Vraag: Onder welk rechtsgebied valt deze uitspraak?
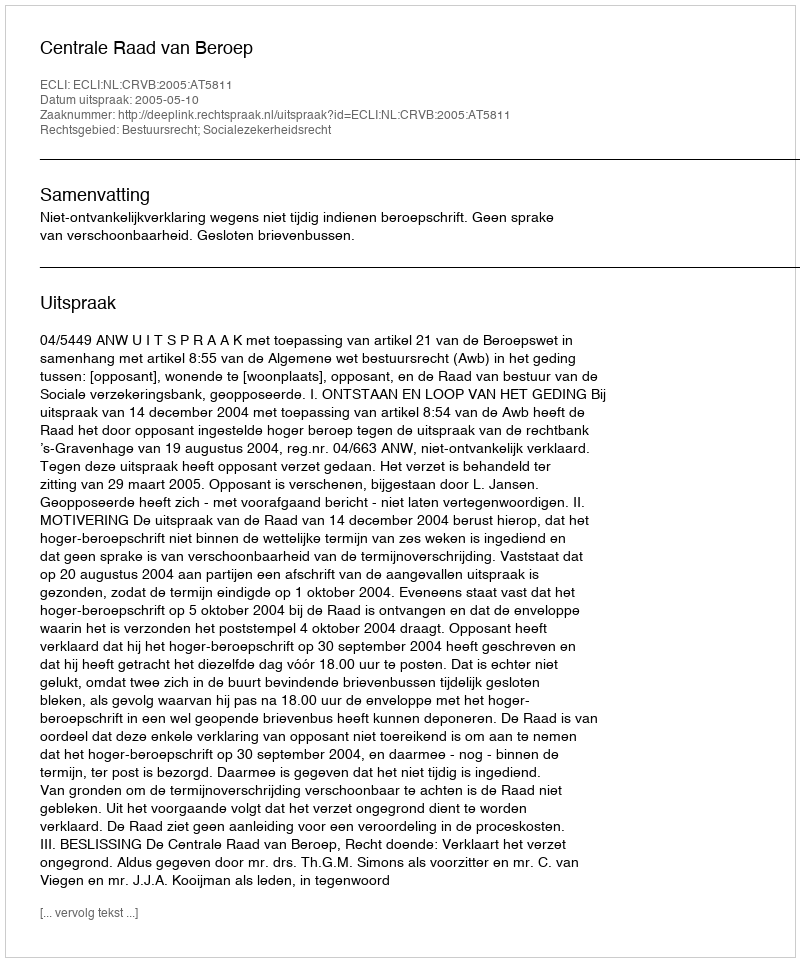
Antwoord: Bestuursrecht; Socialezekerheidsrecht